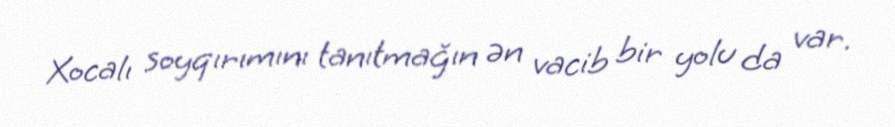
Xocalı soyqırımını tanıtmağın ən vacib bir yolu da var.